Vaccination Hyderabad 1872-1889 - 1872-1889
Year: 1872
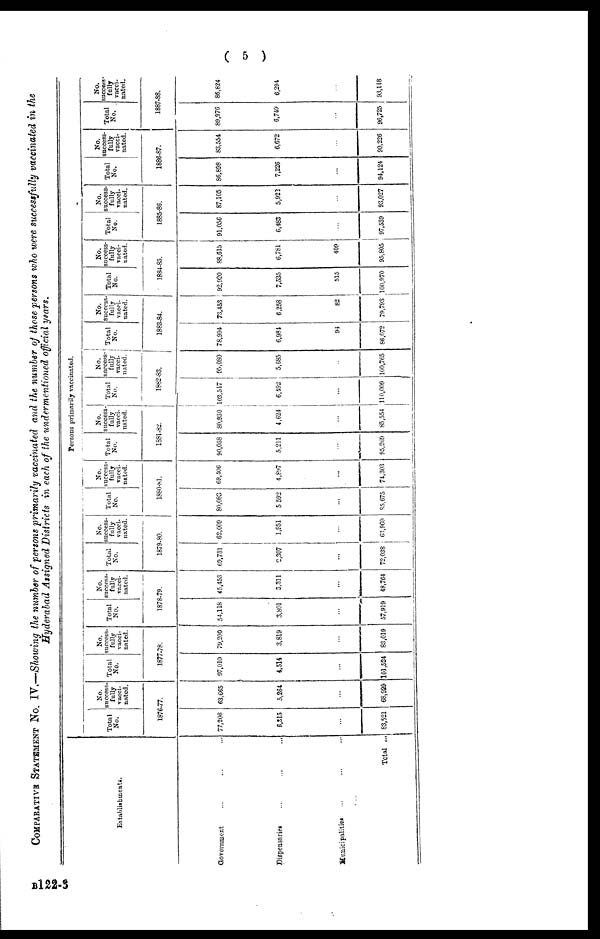
( 5 )
COMPARATIVE STATEMENT NO. IV.—Showing the number of persons primarily vaccinated and the number of those persons who were successfully vaccinated in the
Hyderabad Assigned Districts in each of the undermentioned official years.
Establishments.
Government ... ... ...
Dispensaries
...
...
...
Municipalities ... ... ...
Total ...
Persons primarily vaccinated.
Total
No.
No.
success-
fully
vacci-
nated.
1876-77.
77,206
6,515
...
83,521
63,665
5,264
...
68,929
Total
No.
No.
success-
fully
vacci-
nated.
1877-78.
97,010
4,514
...
101,524
79,200
3,819
...
83,019
Total
No.
No.
success-
fully
vacci-
nated.
1878-79.
54,118
3,801
...
57,919
45,453
3,311
...
48,764
Total
No.
No.
success-
fully
vacci-
nated.
1879-80.
69,731
2,307
...
72,038
62,009
1,951
...
63,960
Total
No.
No.
success-
fully
vacci-
nated.
1880-81.
80,083
5,592
...
85,675
69,406
4,897
...
74,303
Total
No.
No.
success-
fully
vacci-
nated.
1881-82.
90,058
5,211
...
95,269
80,930
4,624
...
85,554
Total
No.
No.
success-
fully
vacci-
nated.
1882-83.
103,517
6,492
...
110,009
95,080
5,685
...
100,765
Total
NO.
No.
success-
fully
vacci-
nated.
1883-84.
78,994
6,984
94
86,072
73,453
6,258
82
79,793
Total
No.
No.
success-
fully
vacci-
nated.
1884-85.
92,920
7,535
515
100,970
88,615
6,781
409
95,805
Total
No.
No.
success-
fully
vacci-
nated.
1885-86.
91,056
6,483
...
97,539
87,105
5,922
...
93,027
Total
No.
No.
success-
fully
vacci-
nated.
1886-87.
86,898
7,226
...
94,124
83,554
6,672
...
90,226
Total
No.
No.
success
fully
vacci-
nated.
1887-88.
89,976
6,749
...
96,725
86,824
6,294
...
93,118
B122-3